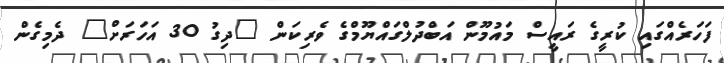
ފަހަރެއްގައި ކުރީގެ ރައީސް މައުމޫން އަބްދުލްގައްޔޫމްގެ ވެރިކަން "ދިގު 30 އަހަރަށް" ދެމިގެން